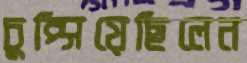
চুপ্‌সিয়েছিলেন